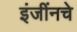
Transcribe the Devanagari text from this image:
इंजींनचे